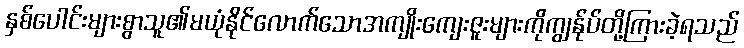
နှစ်ပေါင်းများစွာသူ၏မယုံနိုင်လောက်သောအကျိုးကျေးဇူးများကိုကျွန်ုပ်တို့ကြားခဲ့ရသည်